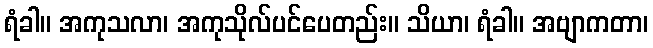
ရံခါ။ အကုသလာ၊ အကုသိုလ်ပင်ပေတည်း။ သိယာ၊ ရံခါ။ အဗျာကတာ၊